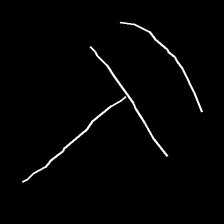
Glyph: dispersion